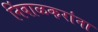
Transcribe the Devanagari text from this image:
निंबाळकरांना